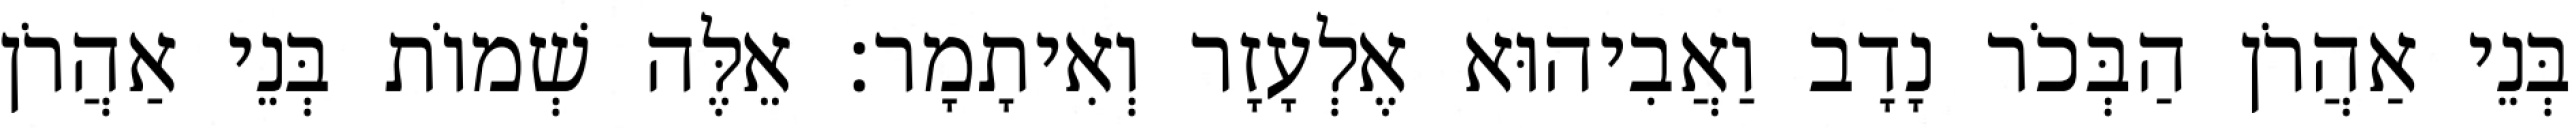
בְּנֵי אַהֲרֹן הַבְּכֹר נָדָב וַאֲבִיהוּא אֶלְעָזָר וְאִיתָמָר׃ אֵלֶּה שְׁמוֹת בְּנֵי אַהֲרֹן